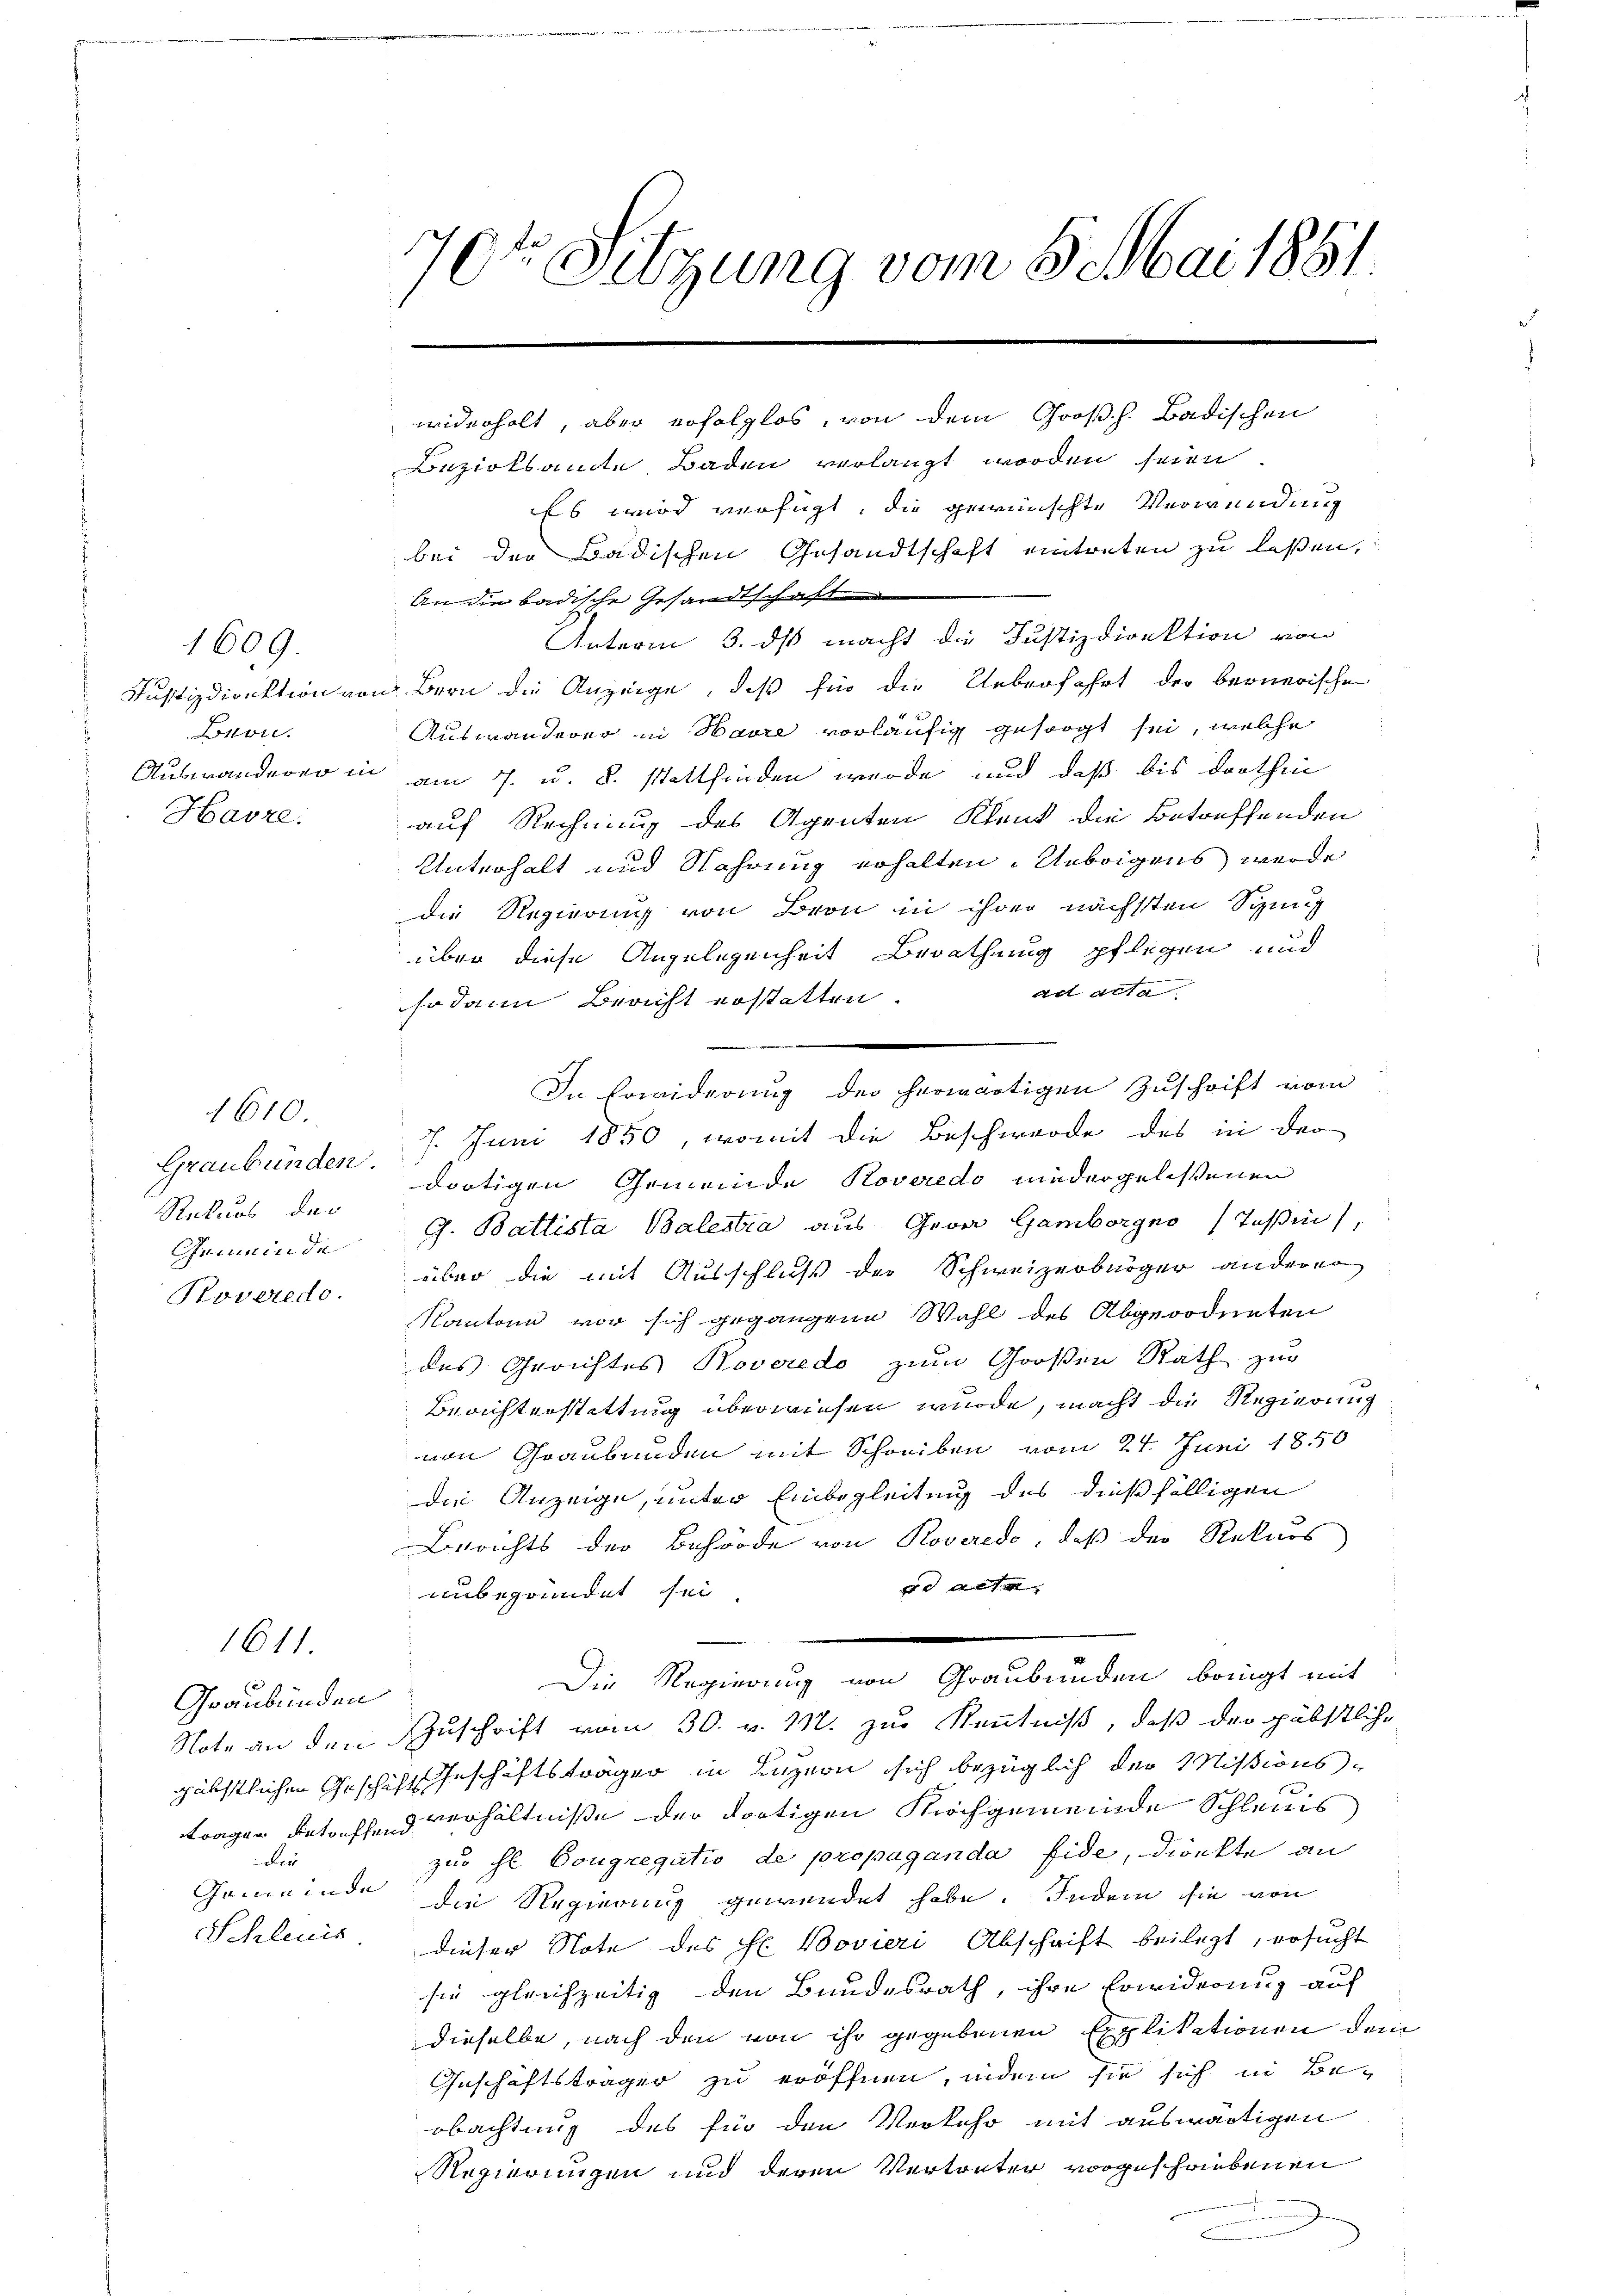
1609.
Lron.
Havre.

Graubünden.
Rekurs das
Grumin di
Roveredo.

1610.

1611.

Graubünden
Fer
Gemeinde
Schleuis

70te Sitzung vom 5. Mai 1881.

widerholt, aber erfolglos, von dem Großh. Badischen
Bezirksamte Baden verlangt worden seien
Es wird verfügt, die gewünschte Verwendung
bei der Badischen Gesandtschaft eintreten zu laßen,
An die badische Gesandtschaft
Unterm 3. ds macht die Justizdirektion von
Justizdirektion von Bern die Anzeige, daß für die Ueberfahrt der bernerische
Auswanderer in Havre vorläufig gesorgt sei, welche
Auswanderer in am 7. u. 8. stattfinden wurde, und daß bis dorthin
auf Rechnung des Agenten Kland die Betreffenden
Unterhalt und Nahrung erhalten. Uebrigens werde
die Regierung von Bern in ihrer nächsten Sinng
über diese Angelegenheit Berathung pflegen und
Art acta
sodann Bericht erstatten.
In Erwiderung der herwärtigen Zuschrift vom
7. Juni 1850, womit die Beschwerde des in der
dortigen Gemeinde Roveredo niedergelessenen
G. Ballista Balesia aus Georg Gamborgno (Tessin,
über die mit Ausschluß der Schweizerbürger anderer
Kantone vor sich gegangene Wahl des Abgeordneten
des Gerichtes Roveredo zum Großen Rath zur
Berichterstattung überwiesen wurde, macht die Regierung
von Graubünden mit Schreiben vom 24. Juni 1850
die Anzeige, unter Einbegleitung des dießfälligen
Berichts der Behörde von Roveredo, daß der Rekurs
r Art
unbegründet sei
dDie Regierung und Geistunden bericht aus
Note an den Zuschrift vom 30. v. M. zur Kenntniß, daß der päbstliche
gäbstlichen Geschicht Geschäftsträger in Luzern sich bezüglich der Missionstragen betreffend verhältniße der dortigen Nachgemeinde Schleuis
zur hl. Congregatio de propaganda fide, direkte an
die Regierung gewendet habe. Indem sie von
dieser Note des H. Bovieri Abschrift beilegt, ersucht
sie gleichzeitig den Bundesrath, ihre Erwiderung auf
dieselbe, nach den von ihr gegebenen Explikationen den
Geschäftsträger zu eröffnen, indem sie sich in Be-
obachtung des für den Verkehr mit auswärtigen
Regierungen und deren Vertreter vorgeschriebenen